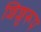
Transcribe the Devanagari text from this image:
शिशुरूप